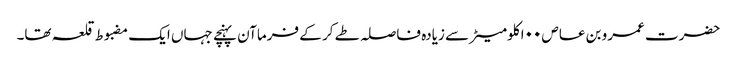
حضرت عمرو بن عاص ۰۰ا کلومیٹر سے زیادہ فاصلہ طے کر کے فرماآن پہنچے جہاں ایک مضبوط قلعہ تھا۔